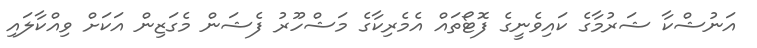
އަނުޝްކާ ޝަރުމާގެ ކައިވެނީގެ ފޮޓޯތައް އެމެރިކާގެ މަޝްހޫރު ފެޝަން މެގަޒިން އަކަށް ވިއްކާލައި